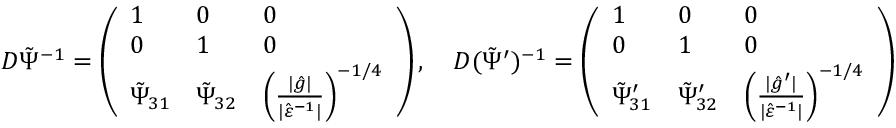
D \tilde { \Psi } ^ { - 1 } = \left( \begin{array} { l l l } { 1 } & { 0 } & { 0 } \\ { 0 } & { 1 } & { 0 } \\ { \tilde { \Psi } _ { 3 1 } } & { \tilde { \Psi } _ { 3 2 } } & { \left( \frac { \lvert \hat { g } \rvert } { \lvert \hat { \varepsilon } ^ { - 1 } \rvert } \right) ^ { - 1 / 4 } } \end{array} \right) , \quad D ( \tilde { \Psi } ^ { \prime } ) ^ { - 1 } = \left( \begin{array} { l l l } { 1 } & { 0 } & { 0 } \\ { 0 } & { 1 } & { 0 } \\ { \tilde { \Psi } _ { 3 1 } ^ { \prime } } & { \tilde { \Psi } _ { 3 2 } ^ { \prime } } & { \left( \frac { \lvert \hat { g } ^ { \prime } \rvert } { \lvert \hat { \varepsilon } ^ { - 1 } \rvert } \right) ^ { - 1 / 4 } } \end{array} \right)